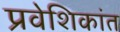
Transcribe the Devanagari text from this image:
प्रवेशिकांत